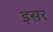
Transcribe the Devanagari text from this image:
इसर